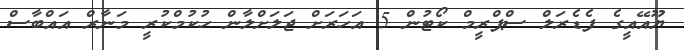
ޔޫއޭއީގެ ފެޑެރަލް ސްޕްރީމް ކޯޓުން 5 އަހަރަށް ޖަލަށްލާން ހުކުމްކުރީ މަނާރް އައްބާސް